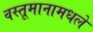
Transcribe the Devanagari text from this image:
वस्तूमानामधले